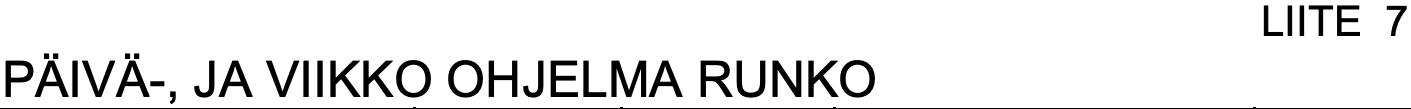
LIITE 7 PÄIVÄ-, JA VIIKKO OHJELMA RUNKO